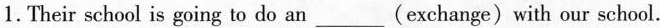
1. Their school is going to do an ___ (exchange) with our school.